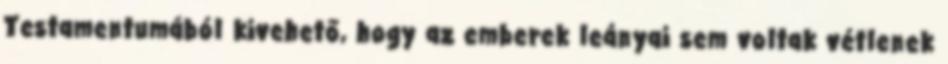
Testamentumából kivehető, hogy az emberek leányai sem voltak vétlenek